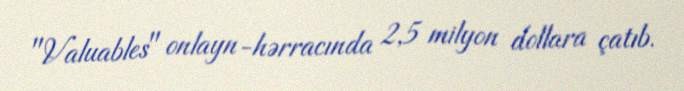
"Valuables" onlayn-hərracında 2,5 milyon dollara çatıb.